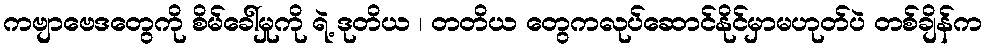
ကဗျာဗေဒတွေကို စိမ်ခေါ်မှုကို ရဲ့ ဒုတိယ ၊ တတိယ တွေကလုပ်ဆောင်နိုင်မှာမဟုတ်ပဲ တစ်ချိန်က